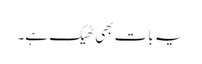
یہ بات بھی ٹھیک ہے۔